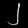
Digit: ၂